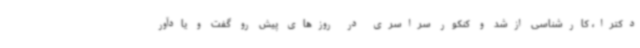
دکترا، کارشناسی ازشد و کنکور سراسری در روزهای پیش رو گفت و یادآور